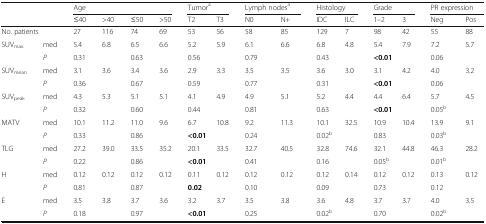
<table><thead><tr><td rowspan="2" colspan="2"></td><td colspan="4"><b>Age</b></td><td colspan="2"><b>Tumor<sup>a</sup></b></td><td colspan="2"><b>Lymph nodes<sup>a</sup></b></td><td colspan="2"><b>Histology</b></td><td colspan="2"><b>Grade</b></td><td colspan="2"><b>PR expression</b></td></tr><tr><td><b>≤40</b></td><td><b>&gt;40</b></td><td><b>≤50</b></td><td><b>&gt;50</b></td><td><b>T2</b></td><td><b>T3</b></td><td><b>N0</b></td><td><b>N+</b></td><td><b>IDC</b></td><td><b>ILC</b></td><td><b>1–2</b></td><td><b>3</b></td><td><b>Neg</b></td><td><b>Pos</b></td></tr></thead><tbody><tr><td colspan="2">No. patients</td><td>27</td><td>116</td><td>74</td><td>69</td><td>53</td><td>56</td><td>58</td><td>85</td><td>129</td><td>7</td><td>98</td><td>42</td><td>55</td><td>88</td></tr><tr><td rowspan="2">SUV<sub>max</sub></td><td>med</td><td>5.4</td><td>6.8</td><td>6.5</td><td>6.6</td><td>5.2</td><td>5.9</td><td>6.1</td><td>6.6</td><td>6.8</td><td>4.8</td><td>5.4</td><td>7.9</td><td>7.2</td><td>5.7</td></tr><tr><td><i>P</i></td><td colspan="2">0.31</td><td colspan="2">0.63</td><td colspan="2">0.56</td><td colspan="2">0.79</td><td colspan="2">0.43</td><td colspan="2"><b>&lt;0.01</b></td><td colspan="2">0.06</td></tr><tr><td rowspan="2">SUV<sub>mean</sub></td><td>med</td><td>3.1</td><td>3.6</td><td>3.4</td><td>3.6</td><td>2.9</td><td>3.3</td><td>3.5</td><td>3.5</td><td>3.6</td><td>3.0</td><td>3.1</td><td>4.2</td><td>4.0</td><td>3.2</td></tr><tr><td><i>P</i></td><td colspan="2">0.36</td><td colspan="2">0.67</td><td colspan="2">0.59</td><td colspan="2">0.77</td><td colspan="2">0.31</td><td colspan="2"><b>&lt;0.01</b></td><td colspan="2">0.06</td></tr><tr><td rowspan="2">SUV<sub>peak</sub></td><td>med</td><td>4.3</td><td>5.3</td><td>5.1</td><td>5.1</td><td>4.1</td><td>4.9</td><td>4.9</td><td>5.1</td><td>5.2</td><td>4.4</td><td>4.4</td><td>6.4</td><td>5.7</td><td>4.5</td></tr><tr><td><i>P</i></td><td colspan="2">0.32</td><td colspan="2">0.60</td><td colspan="2">0.44</td><td colspan="2">0.81</td><td colspan="2">0.63</td><td colspan="2"><b>&lt;0.01</b></td><td colspan="2">0.05<sup>b</sup></td></tr><tr><td rowspan="2">MATV</td><td>med</td><td>10.1</td><td>11.2</td><td>11.0</td><td>9.6</td><td>6.7</td><td>10.8</td><td>9.2</td><td>11.3</td><td>10.1</td><td>32.5</td><td>10.9</td><td>10.4</td><td>13.9</td><td>9.1</td></tr><tr><td><i>P</i></td><td colspan="2">0.33</td><td colspan="2">0.86</td><td colspan="2"><b>&lt;0.01</b></td><td colspan="2">0.24</td><td colspan="2">0.02<sup>b</sup></td><td colspan="2">0.83</td><td colspan="2">0.03<sup>b</sup></td></tr><tr><td rowspan="2">TLG</td><td>med</td><td>27.2</td><td>39.0</td><td>33.5</td><td>35.2</td><td>20.1</td><td>33.5</td><td>32.7</td><td>40.5</td><td>32.8</td><td>74.6</td><td>32.1</td><td>44.8</td><td>46.3</td><td>28.2</td></tr><tr><td><i>P</i></td><td colspan="2">0.22</td><td colspan="2">0.86</td><td colspan="2"><b>&lt;0.01</b></td><td colspan="2">0.41</td><td colspan="2">0.16</td><td colspan="2">0.05<sup>b</sup></td><td colspan="2">0.01<sup>b</sup></td></tr><tr><td rowspan="2">H</td><td>med</td><td>0.12</td><td>0.12</td><td>0.12</td><td>0.12</td><td>0.11</td><td>0.12</td><td>0.12</td><td>0.12</td><td>0.12</td><td>0.14</td><td>0.12</td><td>0.12</td><td>0.13</td><td>0.12</td></tr><tr><td><i>P</i></td><td colspan="2">0.81</td><td colspan="2">0.87</td><td colspan="2"><b>0.02</b></td><td colspan="2">0.10</td><td colspan="2">0.09</td><td colspan="2">0.73</td><td colspan="2">0.12</td></tr><tr><td rowspan="2">E</td><td>med</td><td>3.5</td><td>3.8</td><td>3.7</td><td>3.6</td><td>3.2</td><td>3.7</td><td>3.5</td><td>3.8</td><td>3.6</td><td>4.8</td><td>3.7</td><td>3.7</td><td>4.0</td><td>3.5</td></tr><tr><td><i>P</i></td><td colspan="2">0.18</td><td colspan="2">0.97</td><td colspan="2"><b>&lt;0.01</b></td><td colspan="2">0.25</td><td colspan="2">0.02<sup>b</sup></td><td colspan="2">0.70</td><td colspan="2">0.02<sup>b</sup></td></tr></tbody></table>